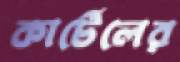
কার্টেলের